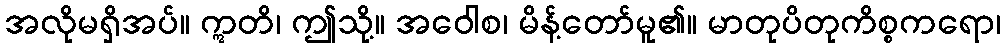
အလိုမရှိအပ်။ ဣတိ၊ ဤသို့။ အဝေါစ၊ မိန့်တော်မူ၏။ မာတုပိတုကိစ္စကရော၊